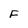
Character: F